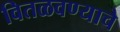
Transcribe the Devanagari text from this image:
वितळवण्याचे